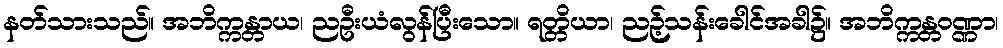
နတ်သားသည်။ အဘိက္ကန္တာယ၊ ညဦးယံလွန်ပြီးသော။ ရတ္တိယာ၊ ညဉ့်သန်းခေါင်အခါ၌။ အဘိက္ကန္တဝဏ္ဏာ၊